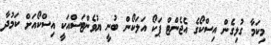
މިކަމާ ގުޅިގެން އިސްކޯގެ އެޖެންޓް ޕަކޯ އަލަކޯން ބުނީ ޔުވެންޓަސްއަކީ އިސްކޯއަށް ކަމުދާ